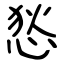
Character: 悐